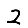
Digit: 2